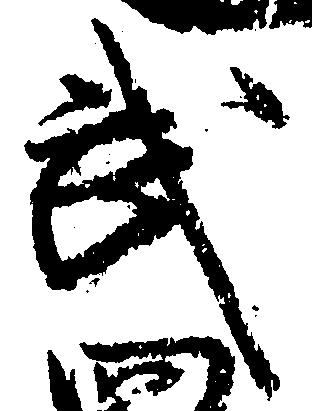
武